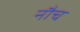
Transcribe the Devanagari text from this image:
नौच